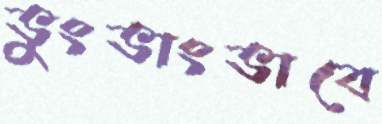
ভুংভাংভাবে